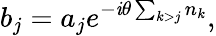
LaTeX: {b}_{j}={a}_{j}e^{-\mathit{i}\theta\sum_{k>j}{n}_{k}},